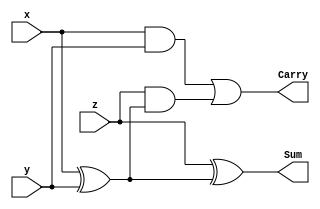
module FullAdder(Sum, Carry, x, y, z);
  input x, y, z;
  output Sum, Carry;
  wire s1, d1, d2;
  
  xor g1(s1, x, y);
  and g2(d1, x, y);
  and g3(d2, z, s1);
  xor g4(Sum, z, s1);
  or g5(Carry, d1, d2);
endmodule

module CLA(S, Cout, A, B, Cin);
  input [3:0] A;
  input [3:0] B; 
  input Cin;
  output Cout; 
  output [3:0] S;
  wire [3:1] C;
  wire [0:3] P; 
  wire [0:3] G;
  
  // Making Ps
  xor p0(P[0], A[0], B[0]);
  xor p1(P[1], A[1], B[1]);
  xor p2(P[2], A[2], B[2]);
  xor p3(P[3], A[3], B[3]);
  
  // Making Gs 
  and g0(G[0], A[0], B[0]);
  and g1(G[1], A[1], B[1]);
  and g2(G[2], A[2], B[2]);
  and g3(G[3], A[3], B[3]);
  
  // Making C1
  wire tmp1;
  and c11(tmp1, P[0], Cin);
  or c12(C[1], G[0], tmp1);
  
  // Making C2
  wire tmp2;
  wire tmp3;
  and c21(tmp2, P[1], G[0]);
  and c22(tmp3, P[1], P[0], Cin);
  or c23(C[2], tmp2, tmp3, G[1]);
  
  // Making C3
  wire tmp4;
  wire tmp5;
  wire tmp6;
  and c31(tmp4, P[2], G[1]);
  and c32(tmp5, P[2], P[1], G[0]);
  and c33(tmp6, P[2], P[1], P[0], Cin);
  or c34(C[3], tmp4, tmp5, tmp6, G[2]);
  
  // Making Cout (C4)
  wire tmp7;
  wire tmp8;
  wire tmp9;
  wire tmp10;
  and c41(tmp7, P[3], G[2]);
  and c42(tmp8, P[3], P[2], G[1]);
  and c43(tmp9, P[3], P[2], P[1], G[0]);
  and c44(tmp10, P[3], P[2], P[1], P[0], Cin);
  or c45(Cout, tmp7, tmp8, tmp9, tmp10, G[3]);
  
  // Making Sums
  xor s0(S[0], P[0], Cin);
  xor s1(S[1], P[1], C[1]);
  xor s2(S[2], P[2], C[2]);
  xor s3(S[3], P[3], C[3]);
  
endmodule

module cla_sixteen(A,B,Cin,S,Cout); 
  input [15:0]A; 
  input [15:0]B; 
  input Cin; 
  output [15:0]S; 
  output Cout;   
  wire [3:1]C;
  
  CLA F0_3 (S[3:0] , C[1] , A[3:0] , B[3:0] , Cin);
  CLA F4_7 (S[7:4] , C[2] , A[7:4] , B[7:4] , C[1]);
  CLA F8_11 (S[11:8] , C[3] , A[11:8] , B[11:8] , C[2]);
  CLA F12_15 (S[15:12] , Cout , A[15:12] , B[15:12] , C[3]);
  
  
endmodule